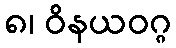
၈၊ ဝိနယဝဂ္ဂ